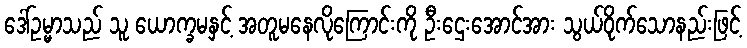
ဒေါ်ဥမ္မာသည် သူ ယောက္ခမနှင့် အတူမနေလိုကြောင်းကို ဦးဌေးအောင်အား သွယ်ဝိုက်သောနည်းဖြင့်